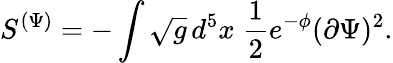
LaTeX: S^{(\Psi)}=-\int\sqrt{g}\, d^{5}x\; \frac{1}{2}e^{-\phi}(\partial\Psi)^{2}.